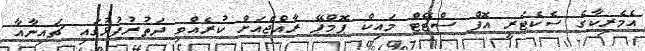
އެމެރިކާގެ ސެކެޓަރީ އޮފް ސްޓޭޓް މައިކް ޕޮމްޕޭ ރާއްޖެއަށް ކުރެއްވި ދަތުރުފުޅުގައި ޗައިނާއާ